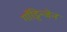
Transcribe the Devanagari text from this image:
गॉट्टिन्जेन